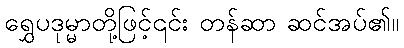
ရွှေပဒုမ္မာတို့ဖြင့်၎င်း တန်ဆာ ဆင်အပ်၏။